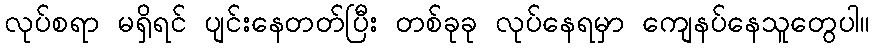
လုပ်စရာ မရှိရင် ပျင်းနေတတ်ပြီး တစ်ခုခု လုပ်နေရမှာ ကျေနပ်နေသူတွေပါ။